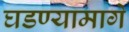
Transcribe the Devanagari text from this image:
घडण्यामागे